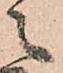
之